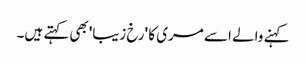
کہنے والے اسے مری کا 'رخ زیبا'بھی کہتے ہیں۔